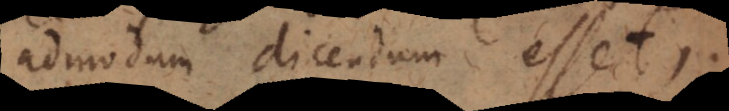
admodum dicendum esset,